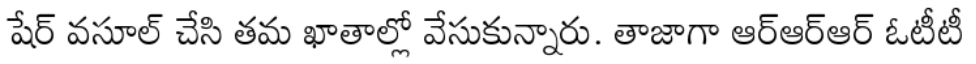
షేర్ వసూల్ చేసి తమ ఖాతాల్లో వేసుకున్నారు. తాజాగా ఆర్ఆర్ఆర్ ఓటీటీ